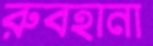
রুবহানা